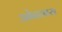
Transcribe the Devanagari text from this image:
ओढ्यास